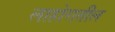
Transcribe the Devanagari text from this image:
लाहोरातील